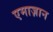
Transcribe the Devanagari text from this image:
एमाज़ान